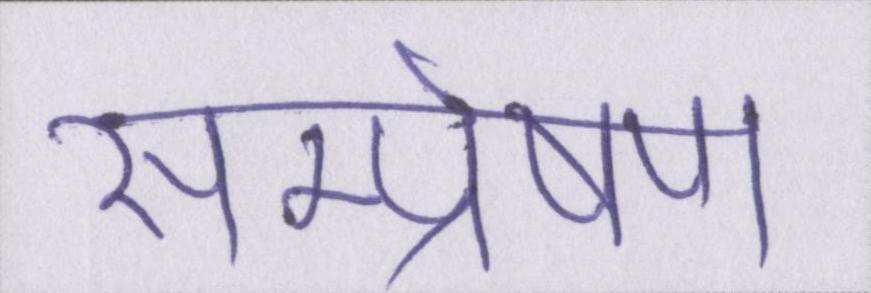
सम्प्रेषण